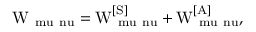
\mathrm { W _ { \ m u \ n u } = W _ { \ m u \ n u } ^ { [ S ] } + W _ { \ m u \ n u } ^ { [ A ] } , }